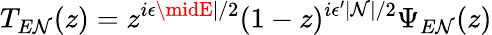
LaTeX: T_{E\mathcal{N}}(z)=z^{i\epsilon\midE\mid/2}(1-z)^{i\epsilon^{\prime}\mid\mathcal{N}\mid/2}\Psi_{E\mathcal{N}}(z)